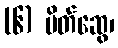
(၆) မိတ်ဆွေ၊